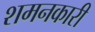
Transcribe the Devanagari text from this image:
शमनकारी